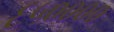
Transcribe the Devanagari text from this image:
६५००००